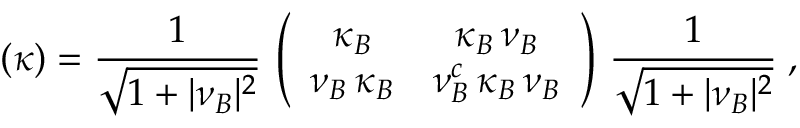
( \kappa ) = { \frac { 1 } { \sqrt { 1 + \vert \nu _ { B } \vert ^ { 2 } } } } \, \left( \begin{array} { c c } { { \kappa _ { B } } } & { { \kappa _ { B } \, \nu _ { B } } } \\ { { \nu _ { B } \, \kappa _ { B } } } & { { \nu _ { B } ^ { c } \, \kappa _ { B } \, \nu _ { B } } } \end{array} \right) \, { \frac { 1 } { \sqrt { 1 + \vert \nu _ { B } \vert ^ { 2 } } } } \; ,